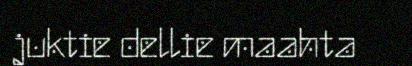
juktie dellie maahta